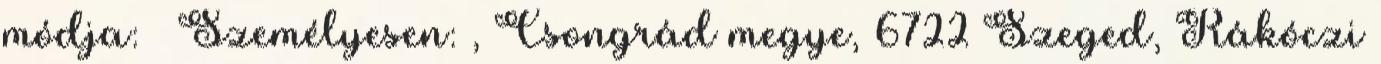
módja: § Személyesen: , Csongrád megye, 6722 Szeged, Rákóczi